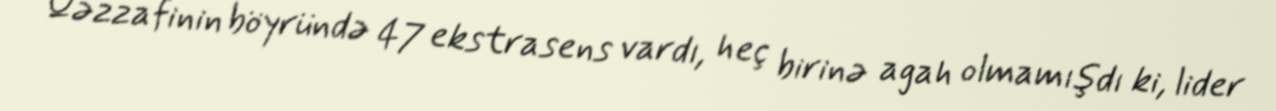
Qəzzafinin böyründə 47 ekstrasens vardı, heç birinə agah olmamışdı ki, lider